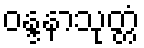
ဝန္ဒနာသုတ္တံ